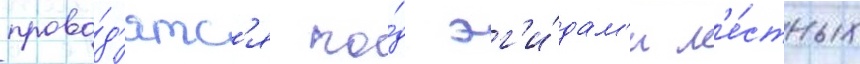
прово́д'ятс'я по́д эг'и́дам'и м'е́стных